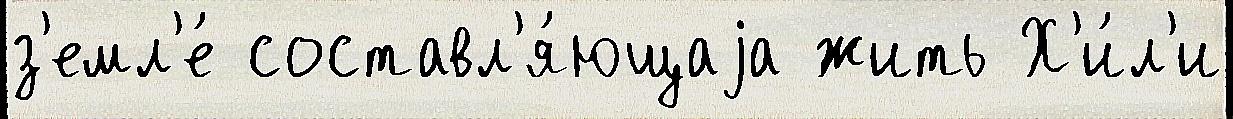
з'емл'е́ составл'я́ющаjа жить Х'и́л'и